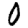
Digit: 0